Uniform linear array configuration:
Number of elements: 64
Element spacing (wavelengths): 0.25
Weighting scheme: cosine
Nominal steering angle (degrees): -60
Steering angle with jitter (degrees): -59.253
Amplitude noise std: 0.05
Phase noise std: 0.05

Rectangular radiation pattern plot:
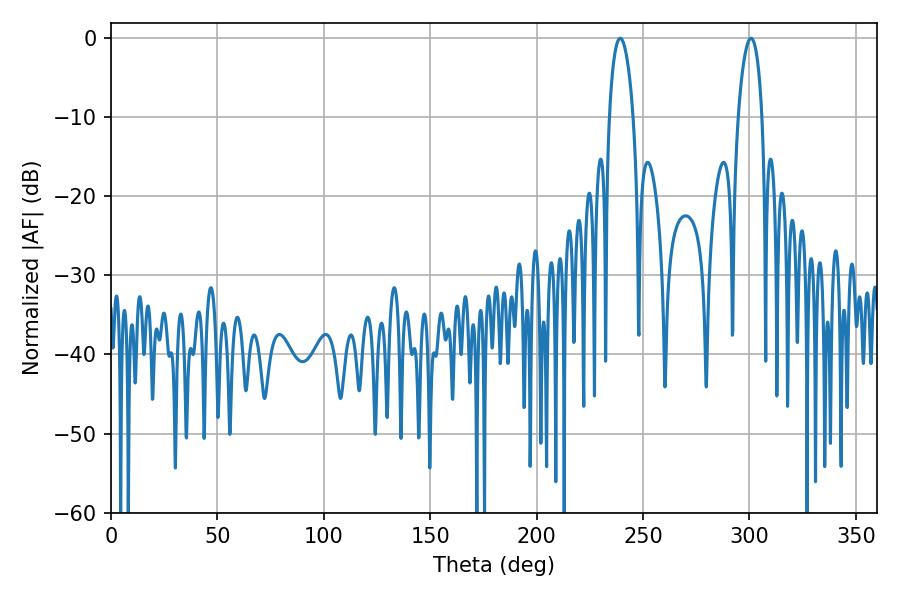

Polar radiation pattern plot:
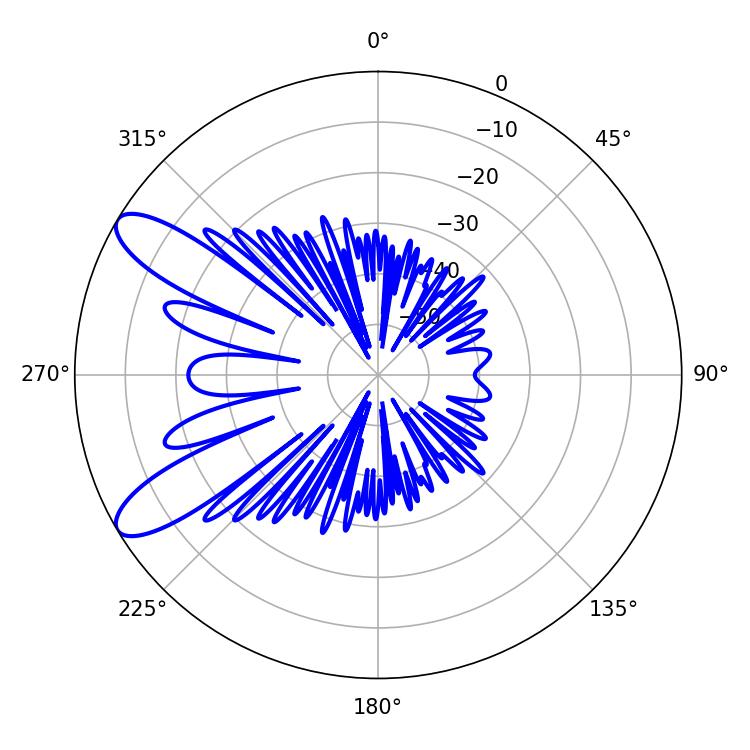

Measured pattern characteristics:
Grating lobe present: FALSE
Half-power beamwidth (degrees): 6.48
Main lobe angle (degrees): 239.22